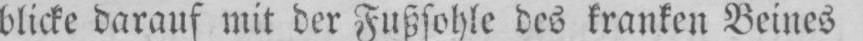
blicke darauf mit der Fußsohle des kranken Beines